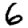
Digit: 6